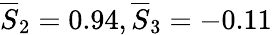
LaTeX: \overline{{S}}_{2}=0.94,\overline{{S}}_{3}=-0.11